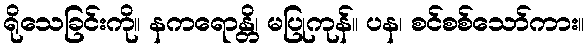
ရိုသေခြင်းကို။ နကရောန္တိ၊ မပြုကုန်။ ပန၊ စင်စစ်သော်ကား။